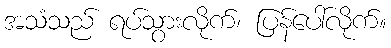
အသံသည် ရပ်သွားလိုက်၊ ပြန်ပေါ်လိုက်။